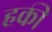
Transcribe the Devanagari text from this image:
हकी